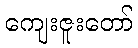
ကျေးဇူးတော်